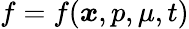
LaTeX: f=f(\boldsymbol{x},p,\mu,t)